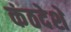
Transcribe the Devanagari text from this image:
कंठदेशे